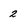
Character: 2